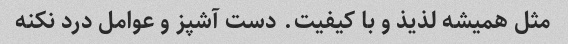
مثل همیشه لذیذ و با کیفیت. دست آشپز و عوامل درد نکنه